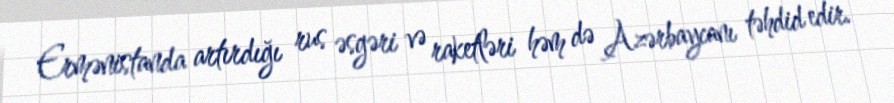
Ermənistanda artırdığı rus əsgəri və raketləri həm də Azərbaycanı təhdid edir.